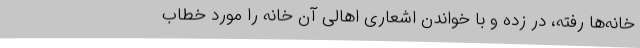
خانه‌ها رفته، در زده و با خواندن اشعاری اهالی آن خانه را مورد خطاب